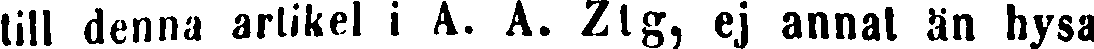
till denna artikel i A. A. Ztg, ej annat än hysa